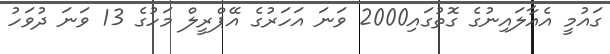
ގައުމީ އެއާލައިނުގެ ގޮތުގައި2000 ވަނަ އަހަރުގެ އޭޕްރީލް މަހުގެ 13 ވަނަ ދުވަހު